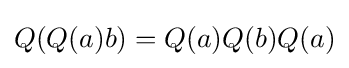
\displaystyle {Q(Q(a)b)=Q(a)Q(b)Q(a)}